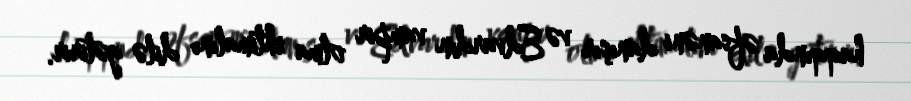
haqqında əfsanəni danışır və Edvardın vampir olma ehtimalını dilə gətirir.